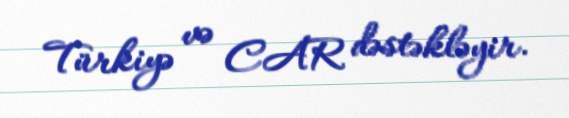
Türkiyə və CAR dəstəkləyir.